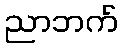
ညာဘက်